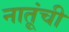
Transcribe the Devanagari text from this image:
नातूंची